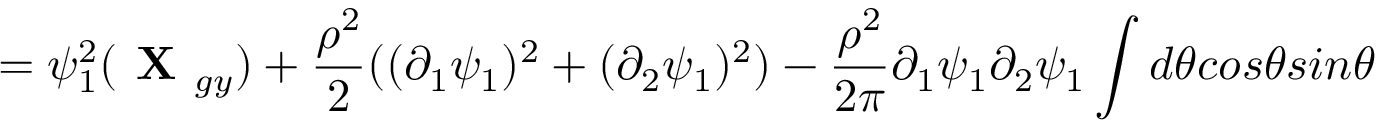
= \psi _ { 1 } ^ { 2 } ( \textbf { X } _ { g y } ) + \frac { \rho ^ { 2 } } { 2 } ( ( \partial _ { 1 } \psi _ { 1 } ) ^ { 2 } + ( \partial _ { 2 } \psi _ { 1 } ) ^ { 2 } ) - \frac { \rho ^ { 2 } } { 2 \pi } \partial _ { 1 } \psi _ { 1 } \partial _ { 2 } \psi _ { 1 } \int d \theta c o s \theta s i n \theta